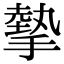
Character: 摰